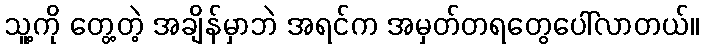
သူ့ကို တွေ့တဲ့ အချိန်မှာဘဲ အရင်က အမှတ်တရတွေပေါ်လာတယ်။